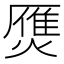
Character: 㷳